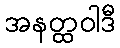
အနတ္ထဝါဒီ